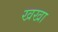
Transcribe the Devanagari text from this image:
खखा